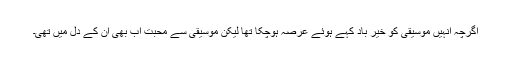
اگرچہ انہیں موسیقی کو خیر باد کہے ہوئے عرصہ ہوچکا تھا لیکن موسیقی سے محبت اب بھی ان کے دل میں تھی۔